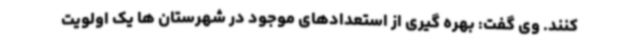
کنند. وی گفت: بهره گیری از استعدادهای موجود در شهرستان ها یک اولویت